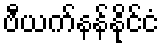
ဗီယက်နန်နိုင်ငံ